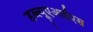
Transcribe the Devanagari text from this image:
डब्ल्यूएआईएस